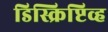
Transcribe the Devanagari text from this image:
डिस्क्रिप्टिव्ह